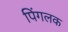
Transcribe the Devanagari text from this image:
पिंगलक